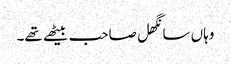
وہاں سانگھل صاحب بیٹھے تھے۔